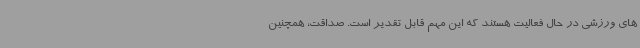
های ورزشی در حال فعالیت هستند که این مهم قابل تقدیر است. صداقت، همچنین